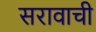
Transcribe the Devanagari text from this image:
सरावाची